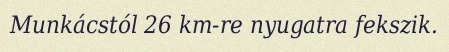
Munkácstól 26 km-re nyugatra fekszik.